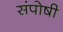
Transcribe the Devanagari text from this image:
संपोषी